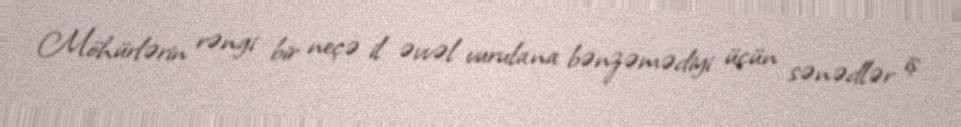
Möhürlərin rəngi bir neçə il əvvəl vurulana bənzəmədiyi üçün sənədlər iş